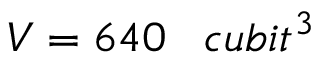
V = 6 4 0 \; \; \; c u b i t ^ { 3 }